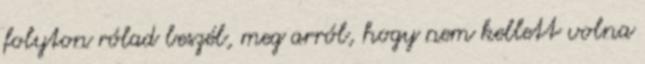
folyton rólad beszél, meg arról, hogy nem kellett volna